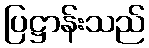
ပြဋ္ဌာန်းသည်